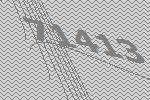
71413